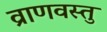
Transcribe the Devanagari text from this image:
व्राणवस्तु